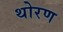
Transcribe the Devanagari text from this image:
थोरण